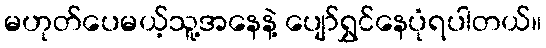
မဟုတ်ပေမယ့်သူ့အနေနဲ့ ပျော်ရွှင်နေပုံရပါတယ်။